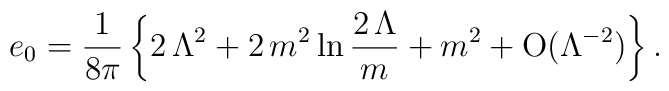
e_0 = {1\over 8\pi} \left\{2\,\Lambda^2 + 2\,{m^2} \ln {2\,\Lambda\over m} + {m^2} + {\rm O}(\Lambda^{-2})\right\}.